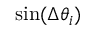
\mathrm { s i n } ( \Delta \theta _ { i } )